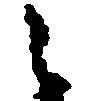
々